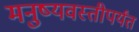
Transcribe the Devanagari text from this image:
मनुष्यवस्तीपर्यंत